Vaccine operations Central Provinces 1886-1899 - 1886-1899
Year: 1886
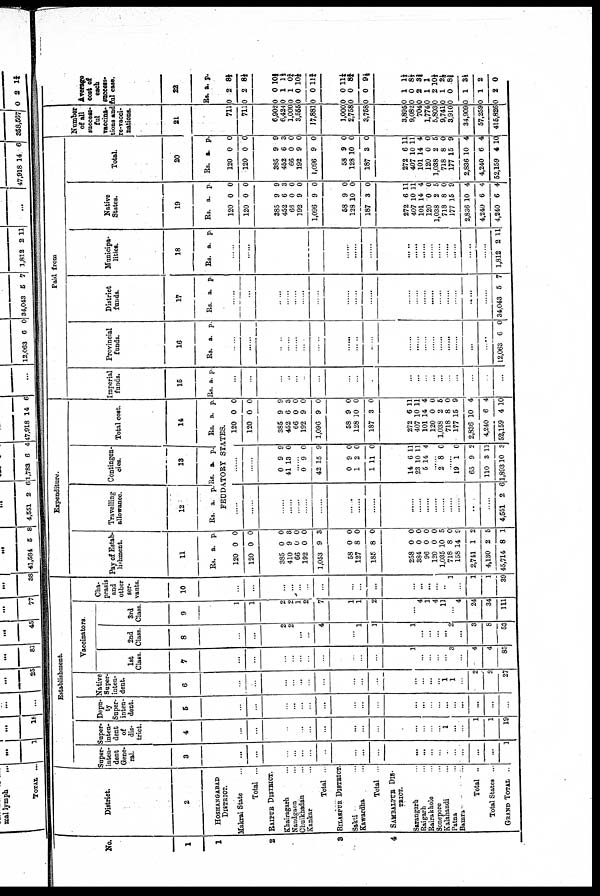
No.
1
1
2
3
4
District.
2
HOSHANGABAD
DISTRICT.
Makrai State ...
Total ...
RAIPUR DISTRICT.
Khairagarh ...
Nandgaon ...
Chuikhadan ...
Kankar ...
Total ...
BILASPUR DISTRICT.
Sakti ...
Kawardha ...
Total ...
SAMBALPUR DIS¬
TRICT.
Sarangarh ...
Baigarh ...
Rairakhole ...
Sonepore ...
Kalahandi ...
Patna ...
Bamra ...
Total ...
Total States ..
GRAND TOTAL ..
Establishment
Super-
inten-
dent
Gene-
ral.
3
...
...
...
...
...
...
...
...
...
...
...
...
...
...
...
...
...
...
...
1
Super¬
inten¬
dent
of
dis¬
trict.
4
...
...
...
...
...
...
...
...
...
...
...
...
...
...
1
...
...
1
1
19
Depu-
ty
Super-
inten-
dent.
5
...
...
...
...
...
...
...
...
...
...
...
...
...
...
...
...
...
...
...
...
Native
Super-
inten-
dent.
6
...
...
...
...
...
...
...
...
...
...
...
...
...
...
1
1
...
2
2
27
Vaccinators
1st
Class.
7
...
...
...
...
...
...
...
...
...
...
1
...
...
...
...
3
...
4
4
85
2nd
Class.
8
...
...
2
2
...
...
4
...
1
1
1
...
...
...
...
2
...
3
8
53
3rd
Class.
9
1
1
2
2
1
2
7
1
1
2
...
4
1
4
11
...
4
24
34
111
Cha¬
prasis
and
other
ser-
vants.
10
...
...
...
...
...
...
...
...
...
...
...
...
...
...
...
1
...
1
1
39
Expenditure.
Pay of Estab-
lishment.
11
Rs. a. p
120
120
0
0
0
0
385
410
66
192
1,053
0
9
0
0
9
0
8
0
0
3
58
127
185
0
8
8
0
0
0
258
384
96
120
1,035
718
158
2,741
4,130
45,714
0
0
0
0
10
8
14
1
2
8
0
0
0
0
5
0
9
2
5
1
Travelling
allowance.
12
Rs. a. p.
Contingen-
cies.
13
Rs. a. p.
Total cost.
14
Rs. a. p
FEUDATORY STATES.
......
......
......
......
......
......
......
......
......
......
......
......
......
......
......
......
......
......
......
4,551 2 6
......
......
0
41
9
13
9
0
......
0
42
9
15
0
9
0
1
1
9
2
11
0
0
0
14
23
5
6
10
14
11
11
4
......
2 8 0
......
19
65
110
1,893
1
9
3
10
0
2
11
3
120
120
0
0
0
0
385
452
66
192
1,096
9
6
0
9
9
9
3
0
0
0
58
128
187
9
10
3
0
0
0
272
407
101
120
1,038
718
177
2,836
4,240
52,159
6
10
14
0
2
8
15
10
6
4
11
11
4
0
5
0
9
4
4
10
Paid from
Imperial
funds.
15
Rs. a. p.
...
...
...
...
...
...
...
......
......
......
...
...
...
...
...
...
...
...
...
...
Provincial
funds.
16
Rs. a. p.
......
......
......
......
......
......
......
......
......
......
......
......
......
......
......
......
......
......
......
12,063 6 0
District
funds.
17
Rs. a. p.
......
...
......
......
......
......
......
......
......
......
......
......
......
......
......
......
......
......
......
34,043 5 7
Municipa-
lities.
18
Rs. a. p.
......
......
......
......
......
......
......
......
......
......
......
......
......
......
......
......
......
...
......
1,812 2 11
Native
States.
19
Rs. a. p.
120
120
0
0
0
0
385
452
66
192
1,096
9
6
0
9
9
9
3
0
0
0
58
128
187
9
10
3
0
0
0
272
407
101
120
1,038
718
177
2,836
4,240
4,240
6
10
14
0
2
8
15
10
6
6
11
11
4
0
5
0
9
4
4
4
Total.
20
Rs. a. p.
120
120
0
0
0
0
385
452
66
192
1,096
9
6
0
9
9
9
3
0
0
0
58
128
187
9
10
3
0
0
0
272
407
101
120
1,038
718
177
2,836
4,240
52,159
6
10
14
0
2
8
15
10
6
4
11
11
4
0
5
0
9
4
4
10
Number
of all
success¬
ful
vaccina-
tions and
re-vacci-
nations.
21
711
711
6,902
6,424
1,000
3,555
17,881
1,000
2,758
3,758
3,895
9,082
704
1,774
5,803
9,741
3,910
34,909
57,259
415,826
Average
cost of
each
success-
ful case.
22
Rs. a. p.
0
0
2
2
8½
8½
0
0
0
0
0
0
1
1
0
0
10¾
1½
0¾
10½
11¾
0
0
0
0
0
0
11¼
8¾
9½
0
0
0
0
0
0
0
0
0
0
1
0
2
1
2
1
0
1
1
2
1½
8½
8¾
1
10½
2½
8¾
3½
2
0